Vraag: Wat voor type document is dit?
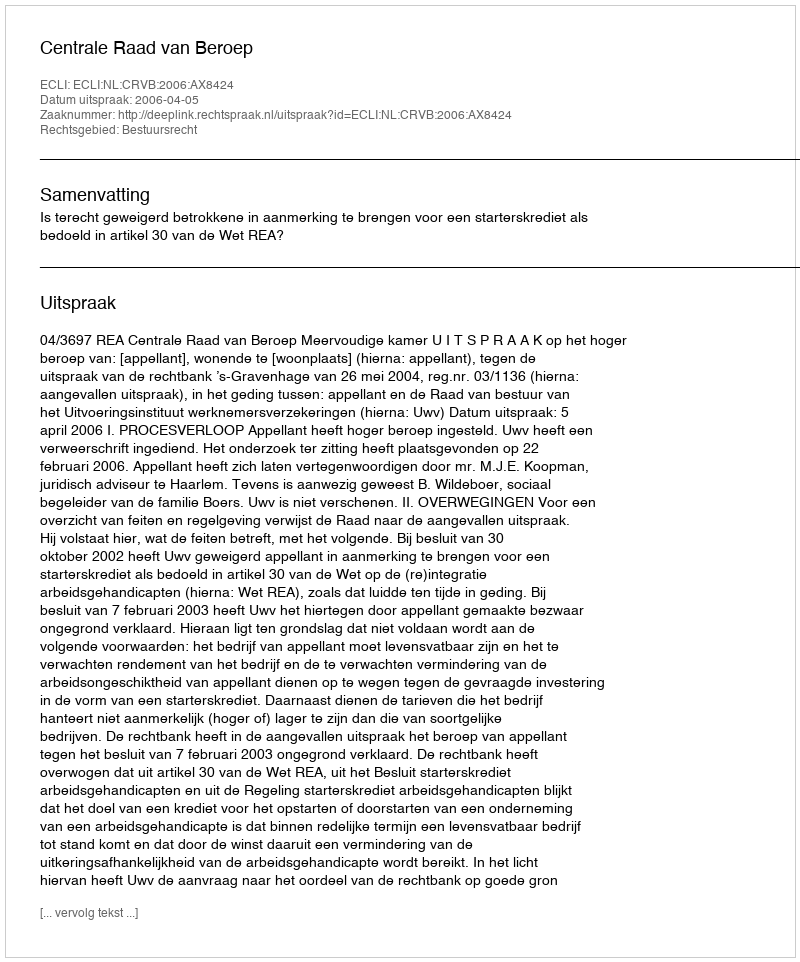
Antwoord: Uitspraak